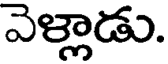
వెళ్లాడు.